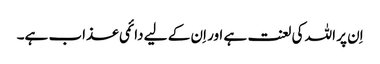
اِن پر اللہ کی لعنت ہے اور اِن کے لیے دائمی عذاب ہے۔